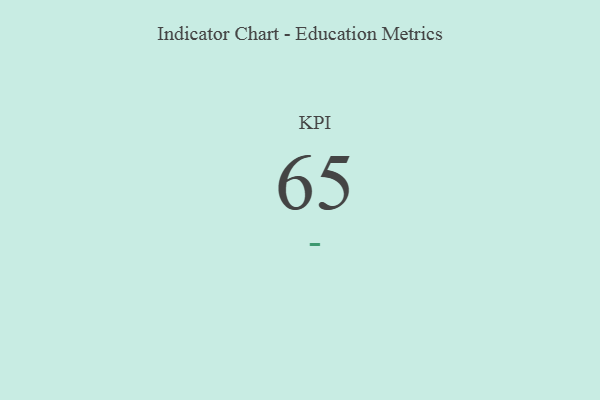
{"axis": {"x": "KPI", "y": "Value"}, "legend": [""], "data": [{"x": "KPI", "y": 65, "type": ""}]}